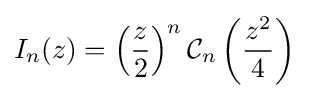
I_{n}(z)=\left({\frac {z}{2}}\right)^{n}{\mathcal {C}}_{n}\left({\frac {z^{2}}{4}}\right)